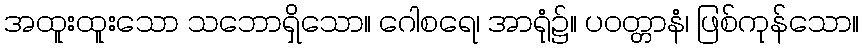
အထူးထူးသော သဘောရှိသော။ ဂေါစရေ၊ အာရုံ၌။ ပဝတ္တာနံ၊ ဖြစ်ကုန်သော။